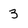
Character: 3